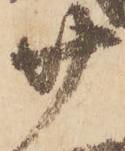
廿